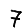
Digit: 7